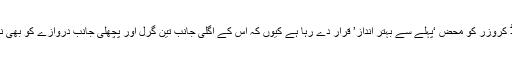
ٹویوٹا کی جدید لینڈ کروزر کو محض ‘پہلے سے بہتر انداز’ قرار دے رہا ہے کیوں کہ اس کے اگلی جانب تین گِرل اور پچھلی جانب دروازے کو بھی نیا انداز دیا گیا ہے۔